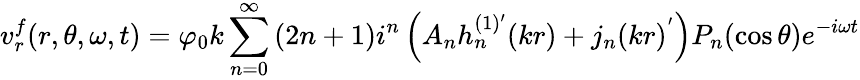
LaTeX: v_{r}^{f}(r,\theta,\omega,t)=\varphi_{0}k\sum_{n=0}^{\infty}\left(2n+1\right)i^{n}\left(A_{n}h_{n}^{(1)^{\prime}}(kr)+j_{n}(kr)^{'}\right)P_{n}(\cos\theta)e^{-i\omega t}